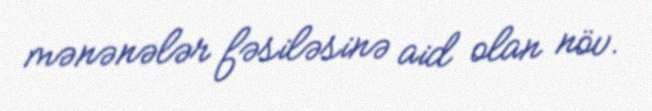
mənənələr fəsiləsinə aid olan növ.